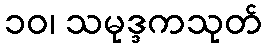
၁၀၊ သမုဒ္ဒကသုတ်